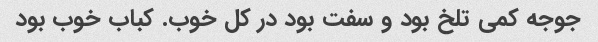
جوجه کمی تلخ بود و سفت بود در کل خوب. کباب خوب بود